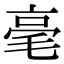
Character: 毫